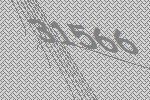
31566